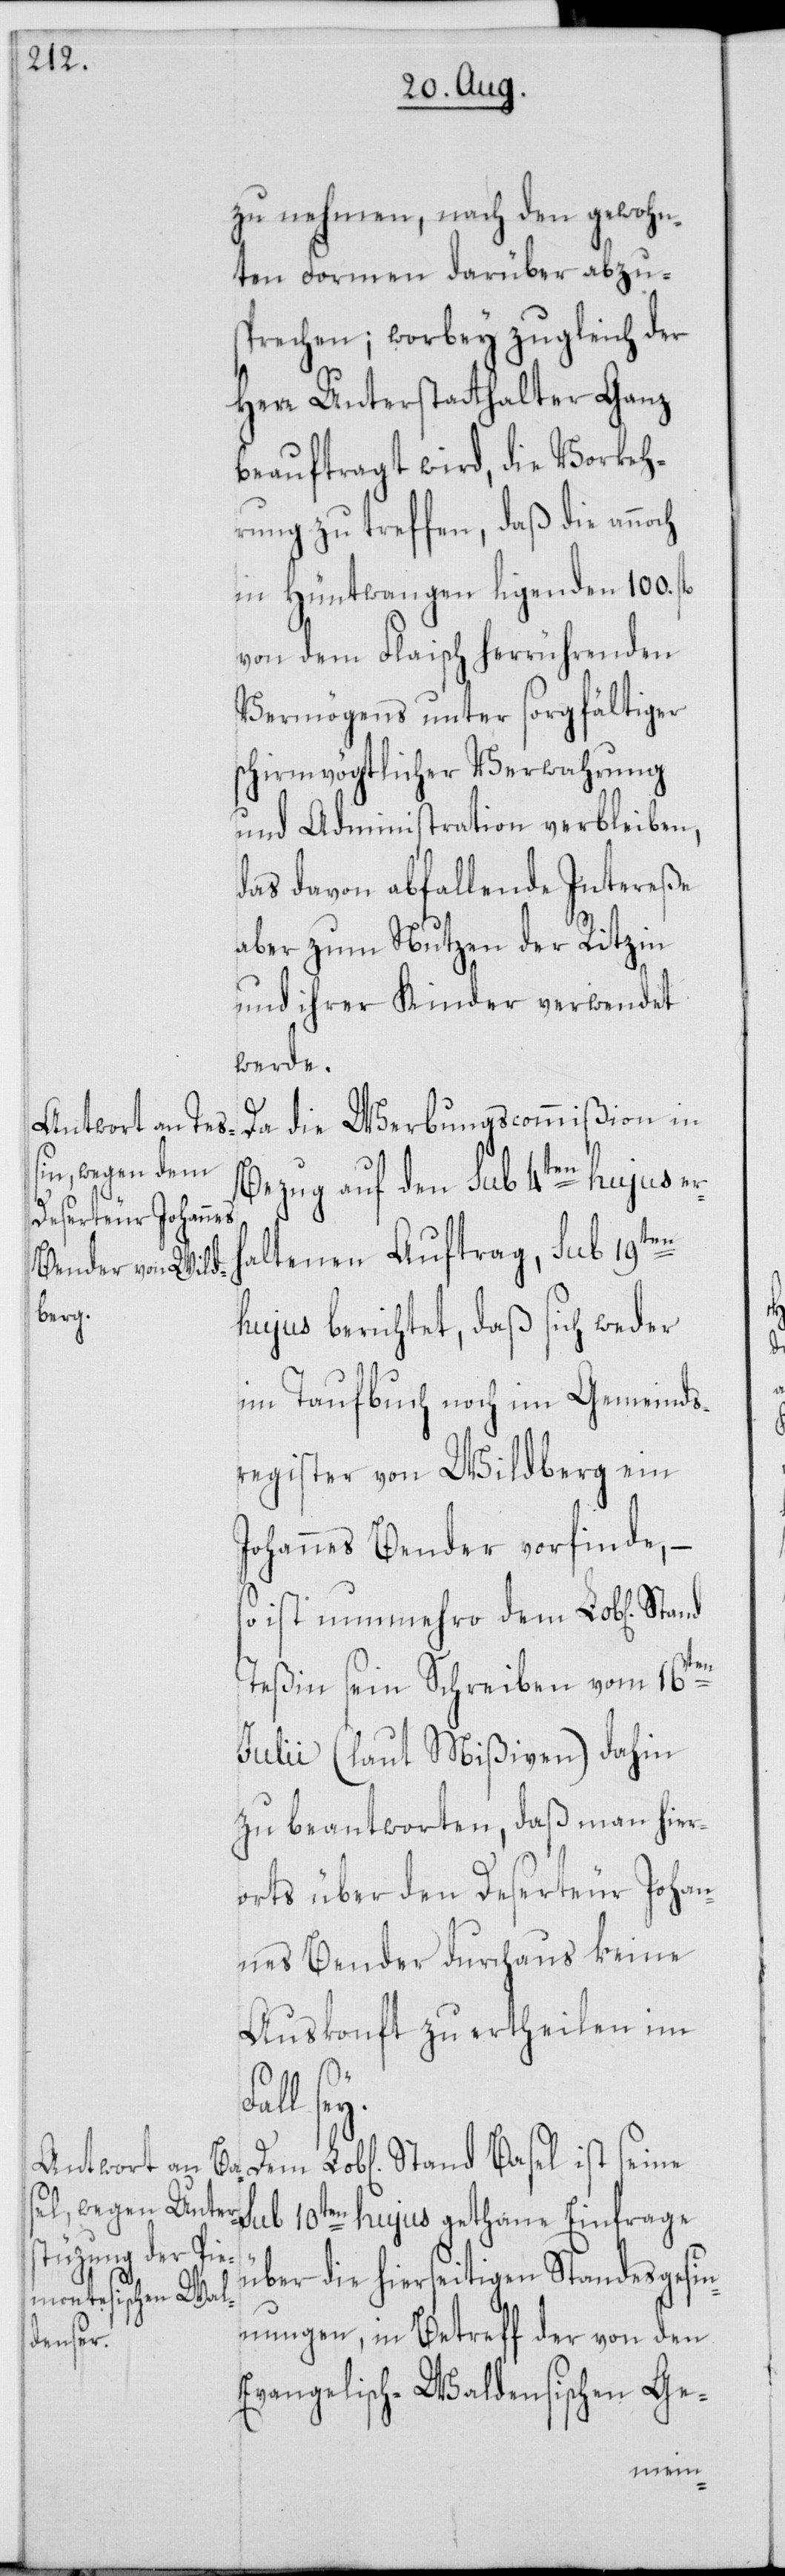
zu nehmen, nach den gewohn¬
ten Formen darüber abzu¬
sprechen; worbey zugleich der
Herr Unterstatthalter Ganz
beauftragt wird, die Vorkeh¬
rung zu treffen, daß die annoch
in Hüntwangen ligenden 100.
von dem Flaisch herrührenden
Vermögens unter sorgfältiger
schirmvögtlicher Verwahrung
und Administration verbleiben,
das davon abfallende Intereße
aber zum Nutzen der Ritzin
und ihrer Kinder verwendet
werde.
Da die Werbungscommißion in
Bezug auf den sub 4ten hujus er¬
haltenen Auftrag sub 19ten
hujus berichtet, daß sich weder
im Taufbuch noch im Gemeinds¬
register von Wildberg ein
Johannes Bender vorfinde, –
so ist nunmehro dem Lob[lichen]
Teßin sein Schreiben vom 16ten
Julii (laut Mißiven) dahin
zu beantworten, daß man hier¬
orts über den Deserteur Johan¬
nes Bender durchaus keine
Auskonft zu ertheilen im
Basel
ist seine sub 10ten hujus gethane Einfrage
über die hierseitigen Standesgesin¬
nungen, in Betreff der von den
Evangelisch-Waldensischen Ge-